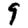
Digit: 9